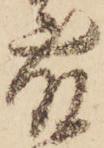
藤